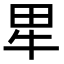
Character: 㽚